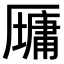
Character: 𫨠